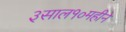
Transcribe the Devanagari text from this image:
३साल१०महीने